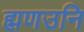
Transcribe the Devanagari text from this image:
ह्मणउनि